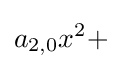
a_{2,0}x^{2}+